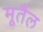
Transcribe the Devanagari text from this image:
मूतैल